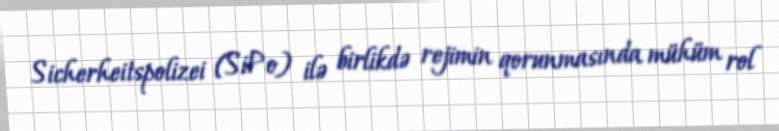
Sicherheitspolizei (SiPo) ilə birlikdə rejimin qorunmasında mühüm rol